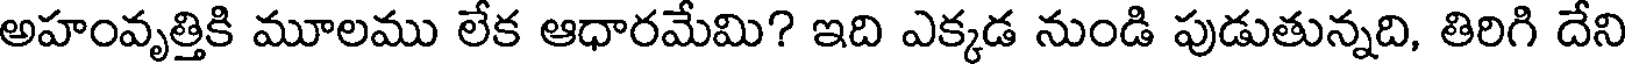
అహంవృత్తికి మూలము లేక ఆధారమేమి? ఇది ఎక్కడ నుండి పుడుతున్నది, తిరిగి దేని